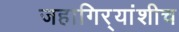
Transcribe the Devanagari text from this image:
जहागिर्‍यांशीच